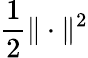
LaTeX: \frac{1}{2}\| \cdot\| ^{2}